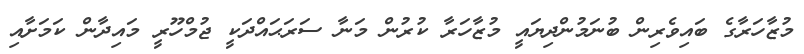
މުޒާހަރާގެ ބައިވެރިން ބުނަމުންދިޔައީ މުޒާހަރާ ކުރުން މަނާ ސަރަޙައްދަކީ ޖުމްހޫރީ މައިދާން ކަމަށާއި